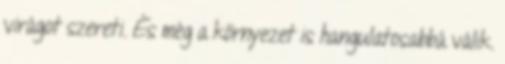
virágot szereti. És még a környezet is hangulatosabbá válik.